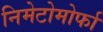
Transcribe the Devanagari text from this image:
निमेटोमोर्फा